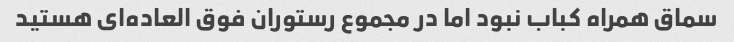
سماق همراه کباب نبود اما در مجموع رستوران فوق العاده‌ای هستید